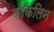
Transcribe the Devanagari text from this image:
कोंकलिन